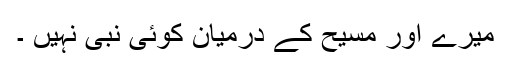
میرے اور مسیحؑ کے درمیان کوئی نبی نہیں ۔